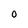
Character: O